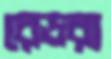
রেডরা